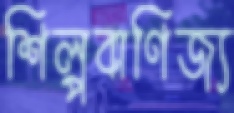
শিল্পবাণিজ্য